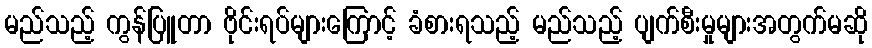
မည်သည့် ကွန်ပြူတာ ဗိုင်းရပ်များကြောင့် ခံစားရသည့် မည်သည့် ပျက်စီးမှုများအတွက်မဆို